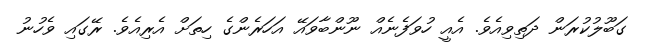
ގަބޫލުކުރަން ދަތިވިއެވެ. އެއީ ހުވަފެނެއް ނޫންބާވައޭ އަހަރެންގެ ހިތަށް އެރިއެވެ. ރޭގައި ވެހުނު